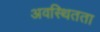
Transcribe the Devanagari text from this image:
अवस्थितता